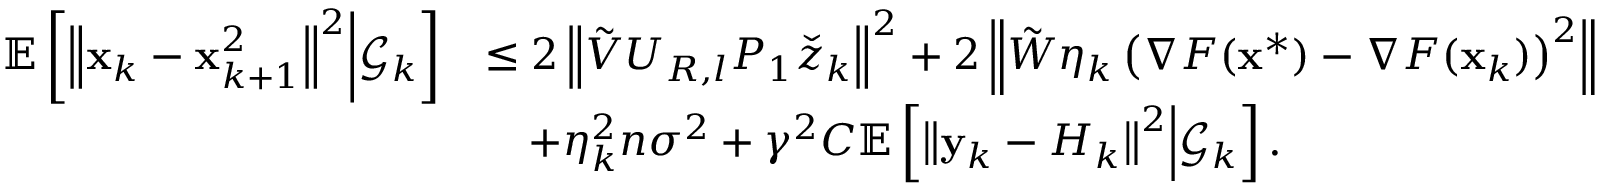
\begin{array} { r l } { \mathbb { E } \left[ \left\Vert \mathbf { x } _ { k } - \mathbf { x } _ { k + 1 } ^ { 2 } \right\Vert ^ { 2 } \middle | \mathcal { G } _ { k } \right] } & { \leq 2 \left\Vert \tilde { V } U _ { R , l } P _ { 1 } \check { z } _ { k } \right\Vert ^ { 2 } + 2 \left\Vert \tilde { W } \eta _ { k } \left( \nabla F ( \mathbf { x } ^ { * } ) - \nabla F ( \mathbf { x } _ { k } ) \right) ^ { 2 } \right\Vert } \\ & { \quad + \eta _ { k } ^ { 2 } n \sigma ^ { 2 } + \gamma ^ { 2 } C \mathbb { E } \left[ \left\Vert \mathbf { y } _ { k } - H _ { k } \right\Vert ^ { 2 } \middle | \mathcal { G } _ { k } \right] . } \end{array}